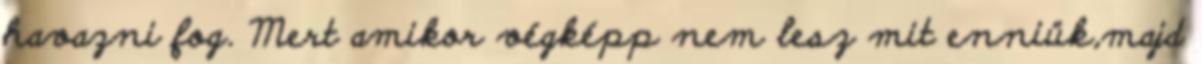
havazni fog. Mert amikor végképp nem lesz mit enniük,majd